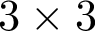
3 \times 3